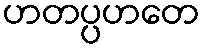
ဟတပ္ပဟတေ